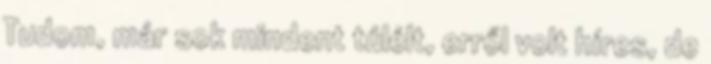
Tudom, már sok mindent túlélt, erről volt híres, de